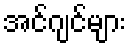
အင်ဂျင်များ